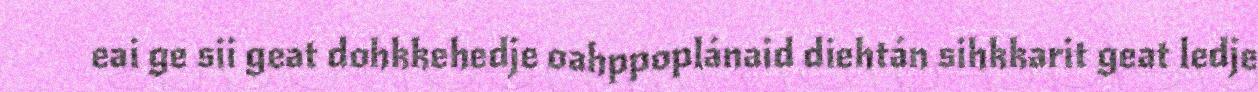
eai ge sii geat dohkkehedje oahppoplánaid diehtán sihkkarit geat ledje